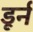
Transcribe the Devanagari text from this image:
डूर्न